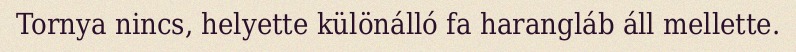
Tornya nincs, helyette különálló fa harangláb áll mellette.